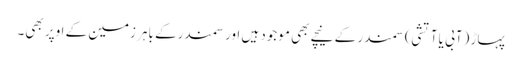
پہاڑ (آبی یا آتشی) سمندر کے نیچے بھی موجود ہیں اور سمندرکے باہر زمین کے اوپر بھی۔